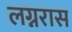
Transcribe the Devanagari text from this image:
लग्नरास